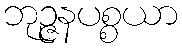
ဘုဉ္ဇနပစ္စယာ